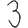
Digit: 3